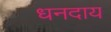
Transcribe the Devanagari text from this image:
धनदाय